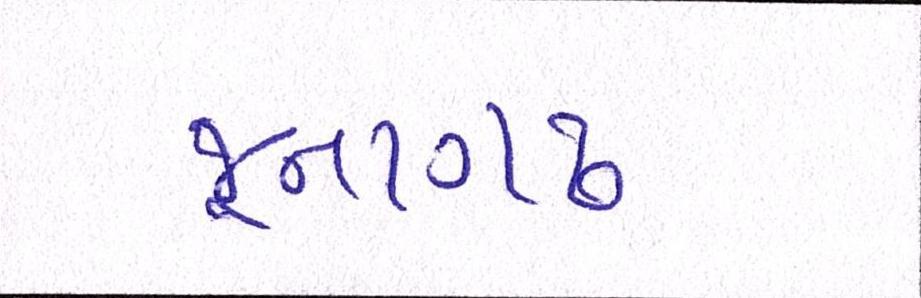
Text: જૂનાગઢ